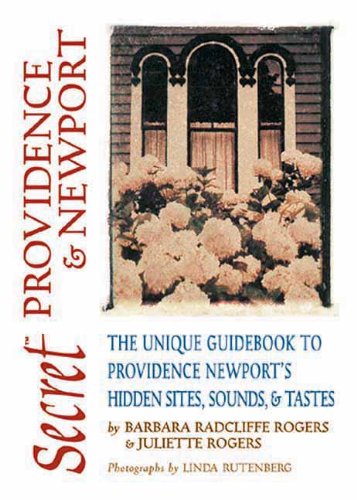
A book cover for Secret Providence & Newport: The Unique Guidebook to Providence & Newport's Hidden Sites, Sounds & Tastes (Secret Guides); Barbara Radcliffe Rogers; Travel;